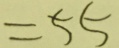
= 5 5